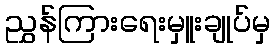
ညွှန်ကြားရေးမှူးချုပ်မှ